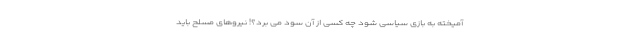
آمیخته به بازی سیاسی شود چه کسی از آن سود می برد؟! نیروهای مسلح باید